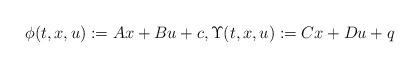
LaTeX: \begin{align*}\phi(t,x,u):=Ax+Bu+c,\Upsilon(t,x,u):=Cx+Du+q\end{align*}